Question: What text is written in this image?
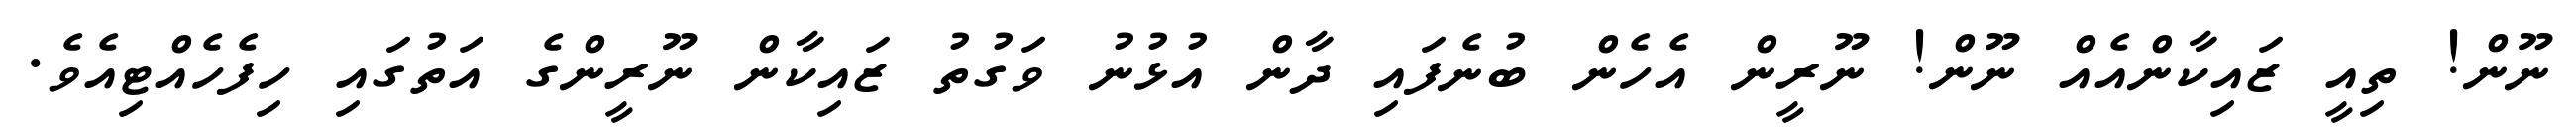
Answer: ނޫން! ތިއީ ޒައިކާންއެއް ނޫން! ނޫރީން އެހެން ބުނެފައި ދާން އުޅުނު ވަގުތު ޒައިކާން ނޫރީންގެ އަތުގައި ހިފެހެއްޓިއެވެ.